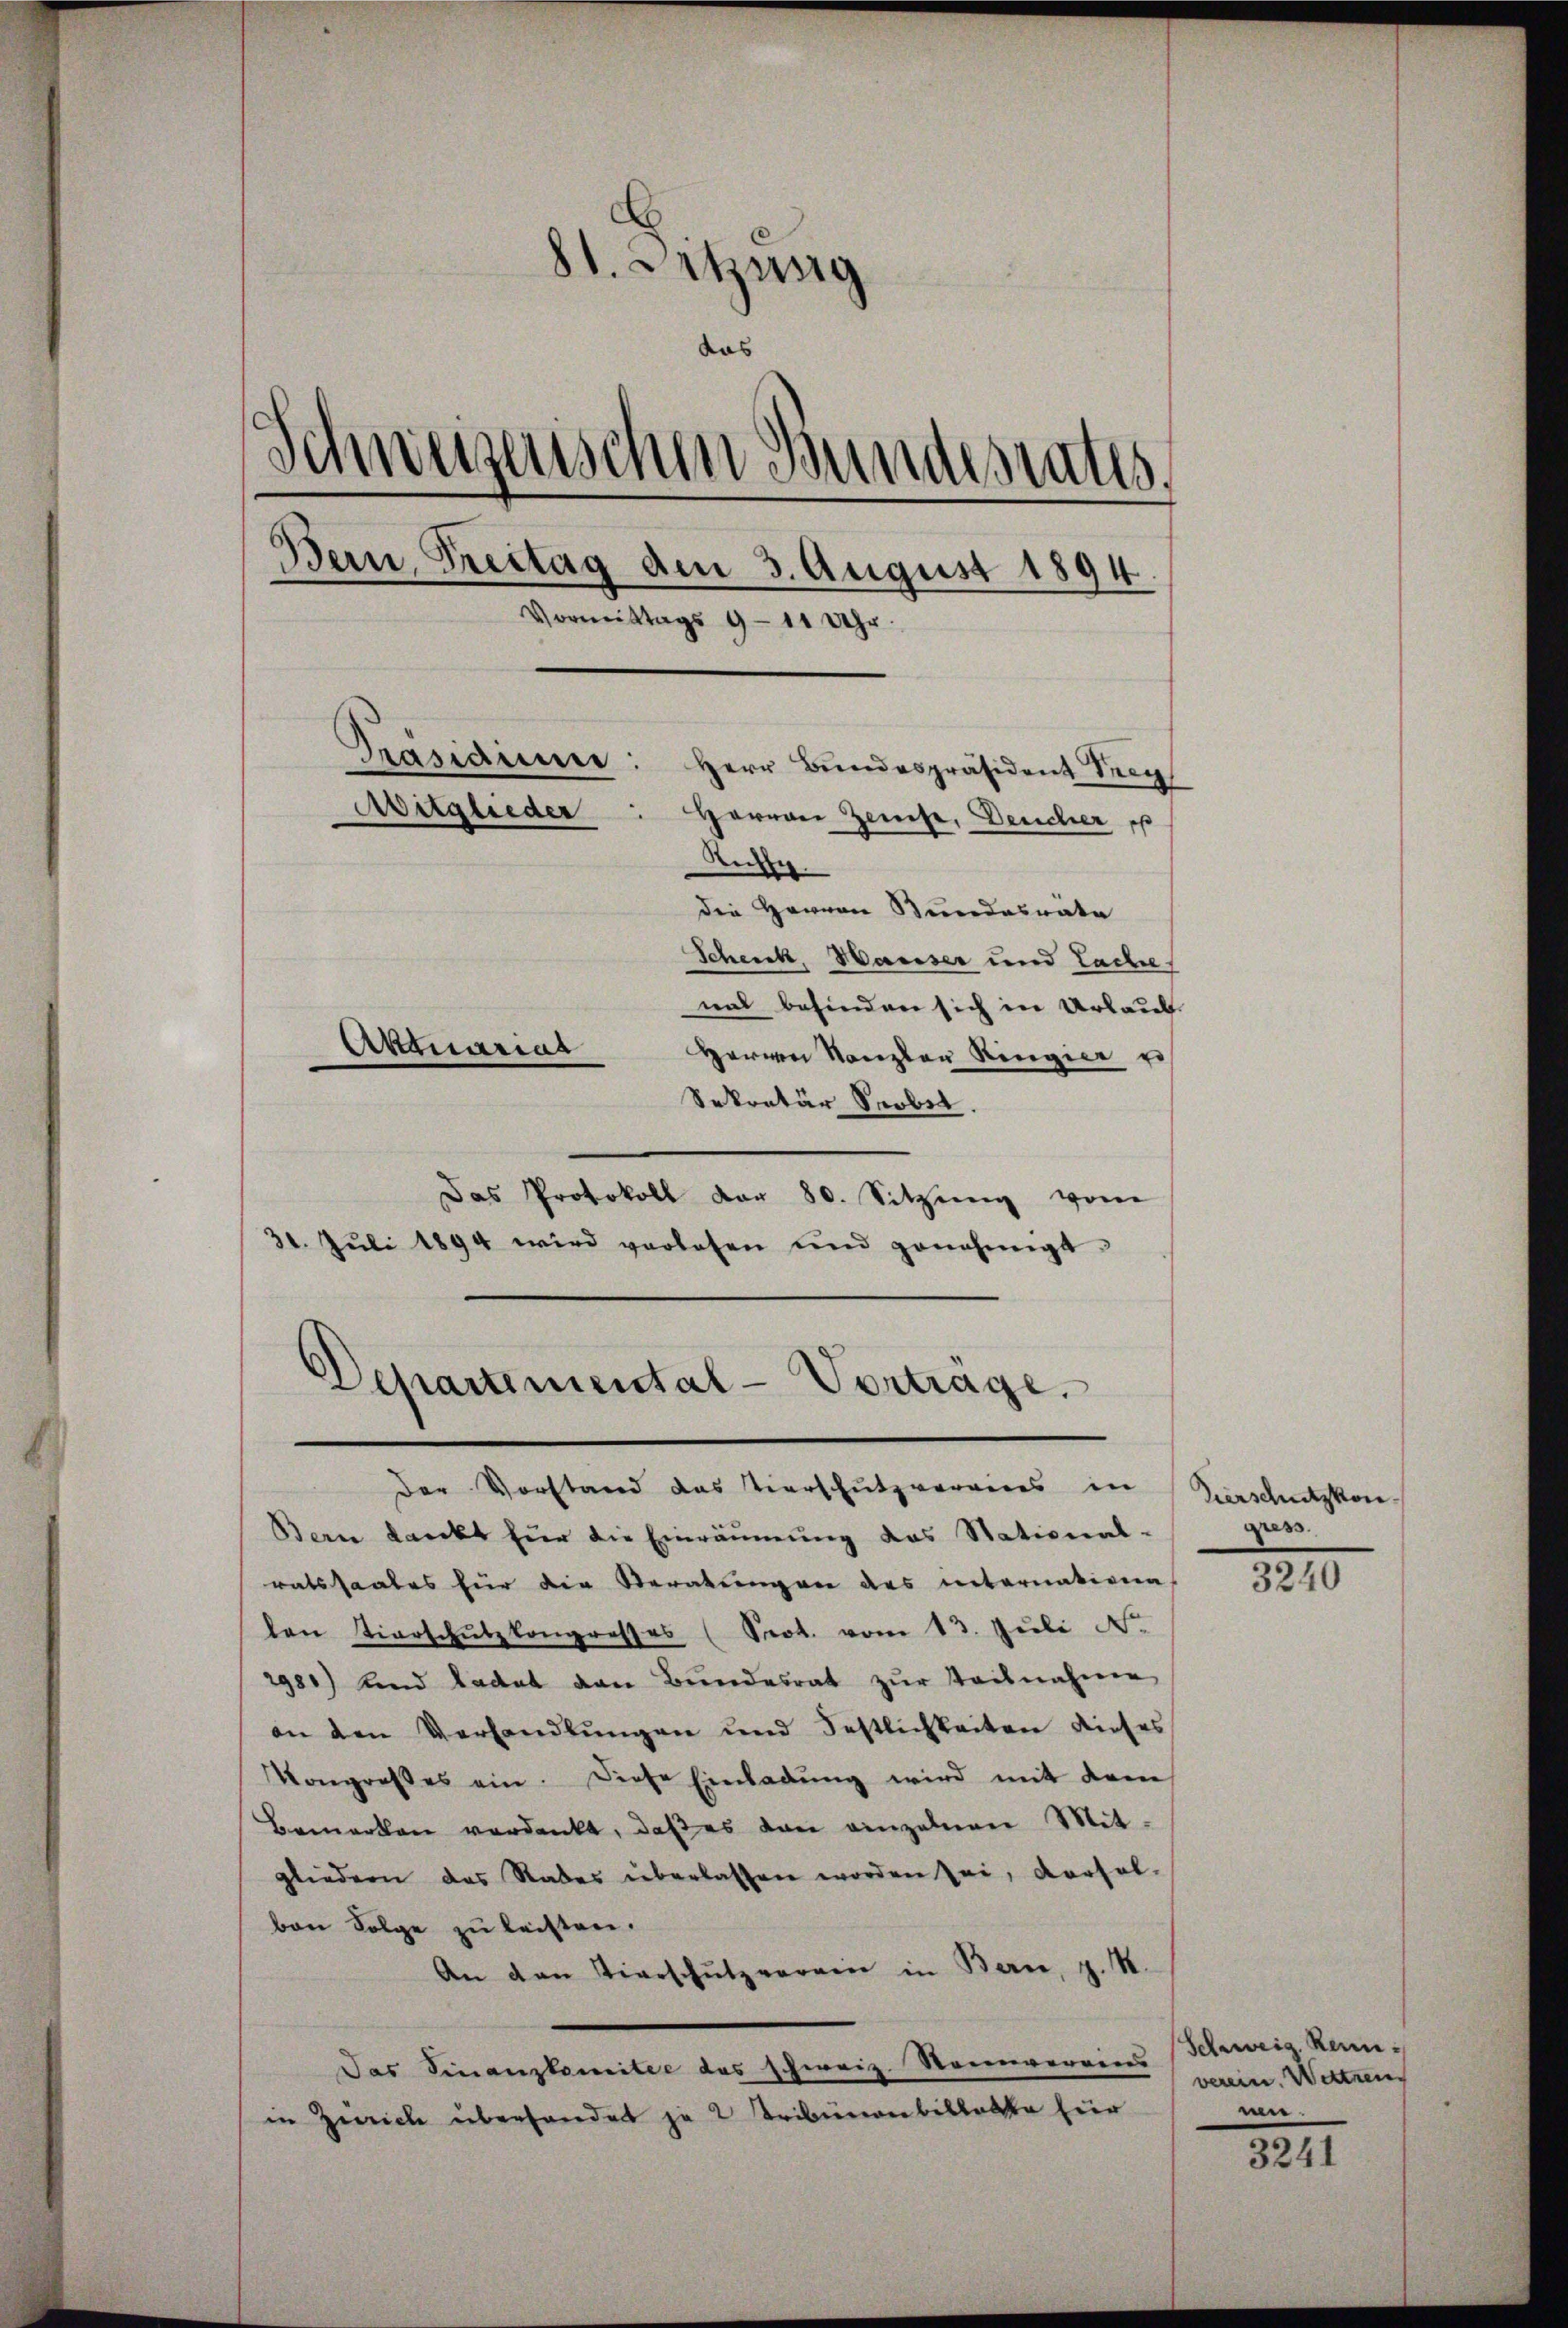
81. Setzung
das
Schweizerischen Bundesrates
Bern, Treitag den 3. August 1894.
Vormittags 9 - 11 Uhr.
Präsidiur: Herr Bundespräsident Seeg
Aitglieder
Herren Zeuse, Deucher pp
Ruhe.
die Herren Bundesrate
Schenk, Hauser und Lache
mal befinden sich in Urlaub
Aktuariat
Herrn Kanzler Ringier u
Sekretär Snobel.

Das Protokoll dar 80. Sitzŭng von
31. Jŭli 1894 wird verlesen und genehmigt.

Departemental-Vortrage.
Der Vorstand das Tierschutzvorries in

Bern dankt hier die Einräumung das Stational-
ratssaales für die Seratungen des unternativen
len Tierschŭlzkongresses (Prot. vom 13. Jŭli N.
2981) und ladat von Bundesrat zur Teilnahme
an den Verhandlungen und Festlichkeiten dieses
Kongroßes ein. Diese Einladŭng wird mit dem
Bemerken verdankt, daβ es dan einzelnen Mit-
gliedern das Rades überlassen worden sei, vorfal-
ben Folge zu leisten.
An den Tierschutzvorgen in Bern, z. S.
Jas Finanzkomitee das schweiz. Reinvereins
in Zürich überhandet ja 2 Tribünenbillette für

Vierschützkon
gress

3240

Schweiz. Kann
verein. Wetten
mer.

3241